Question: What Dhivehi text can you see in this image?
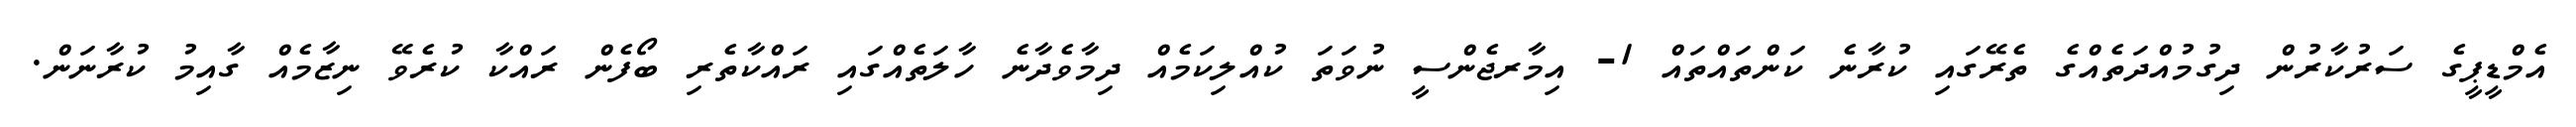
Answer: އެމްޑީޕީގެ ސަރުކާރުން ދިގުމުއްދަތެއްގެ ތެރޭގައި ކުރާނެ ކަންތައްތައް 1- އިމާރޖެންސީ ނުވަތަ ކުއްލިކަމެއް ދިމާވެދާނެ ހާލަތެއްގައި ރައްކާތެރި ބޯފެން ރައްކާ ކުރެވޭ ނިޒާމެއް ގާއިމު ކުރާނަން.